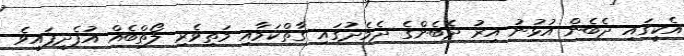
އެކީގައި ދެބެން އުޅުނު އިރު ދެބެންގެ ދެމެދުގައި ގާތްކަމާއި މަތިވެރި ލޯތްބެއް އުފެދިފައިވެ